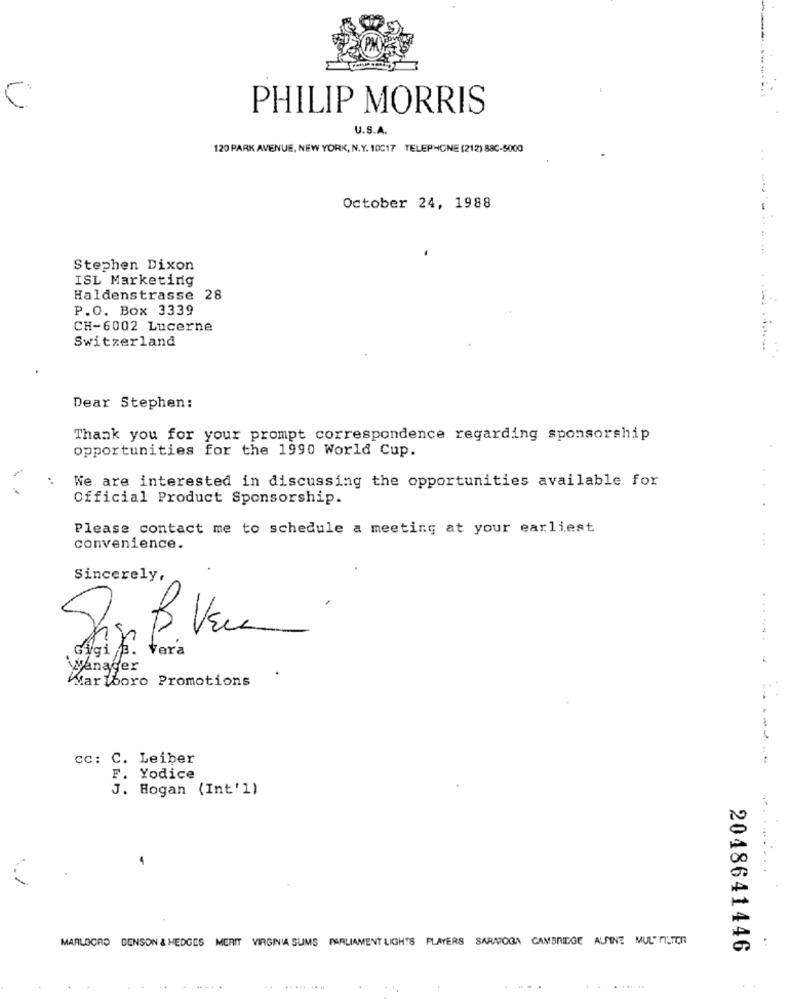
PHILIP MORRIS
U.S.A.
120 PARK AVENUE, NEW YORK, N.Y. 10017 TELEPHONE (212) 88C-5000
October 24, 1988
Stephen Dixon
ISL Marketing
Haldenstrasse 28
P.O. Box 3339
CH-6002 Lucerne
Switzerland
Dear Stephen:
Thank you for your prompt correspondence regarding sponsorship
opportunities for the 1990 World Cup.
We are interested in discussing the opportunities available for
Official Product Sponsorship.
...
Please contact me to schedule a meeting at your earliest
convenience.
Sincerely,
.
Gigi a. Vera
Manager
Wartboro Promotions
cc: C. Leiber
F. Yodice
J. Hogan (Int'l)
MARLBORO BENSON & HEDGES MERIT VIRGINIA SUMS PARLIAMENT LIGHTS PLAYERS SARATOGA CAMBRIDGE ALTINE MUL FILTER
2048641446